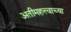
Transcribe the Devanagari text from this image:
अतीमहत्त्वाच्या